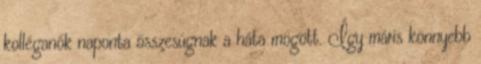
kolléganők naponta összesúgnak a háta mögött. Így máris könnyebb